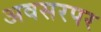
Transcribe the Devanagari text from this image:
अवसरपर